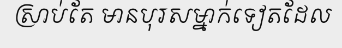
ស្រាប់តែ មានបុរសម្នាក់ទៀតដែល